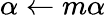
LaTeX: \alpha\gets m\alpha